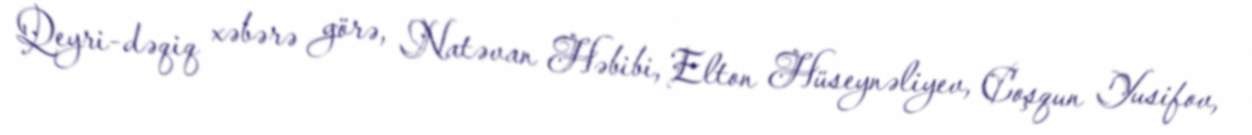
Qeyri-dəqiq xəbərə görə, Natəvan Həbibi, Elton Hüseynəliyev, Coşqun Yusifov,